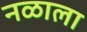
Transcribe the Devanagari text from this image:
नळाला